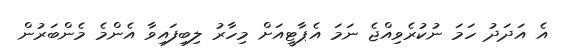
އެ އަދަދު ހަމަ ނުކުރެވިއްޖެ ނަމަ އެޕާޓީއަށް މިހާރު ލިބިފައިވާ އެންމެ މެންބަރުން